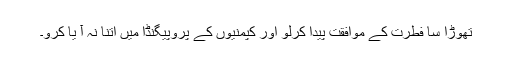
تھوڑا سا فطرت کے موافقت پیدا کرلو اور کپمنیوں کے پروپیگنڈا میں اتنا نہ آ یا کرو۔